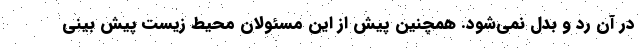
در آن رد و بدل نمی‌شود. همچنین پیش از این مسئولان محیط زیست پیش بینی